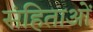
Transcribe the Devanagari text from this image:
संहिताआें